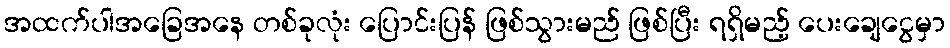
အထက်ပါအခြေအနေ တစ်ခုလုံး ပြောင်းပြန် ဖြစ်သွားမည် ဖြစ်ပြီး ရရှိမည့် ပေးချေငွေမှာ